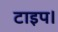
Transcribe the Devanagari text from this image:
टाइप।